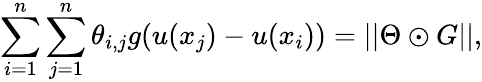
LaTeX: \sum_{i=1}^{n}\sum_{j=1}^{n}\theta_{i,j}g(u(x_{j})-u(x_{i}))=||\Theta\odot G||,